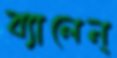
ব্যালেন্